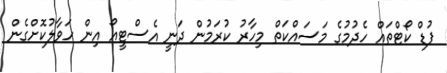
ފުޑް ކޯޓްތައް ހެދުމުގެ މަސައްކަތް މިހާރު ކުރަމުން ދަނީ އެސްޓީއޯ އިން ހަވާލުކޮށްގެން